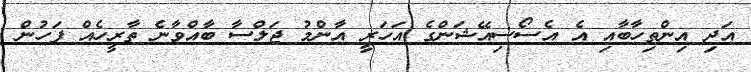
އަދި އިންތިހާބާއި އެ އެސޯސިއޭޝަންގެ އަހަރީ އާންމު ޖަލްސާ ބާއްވާނެ ތާރީހެއް ފަހުން